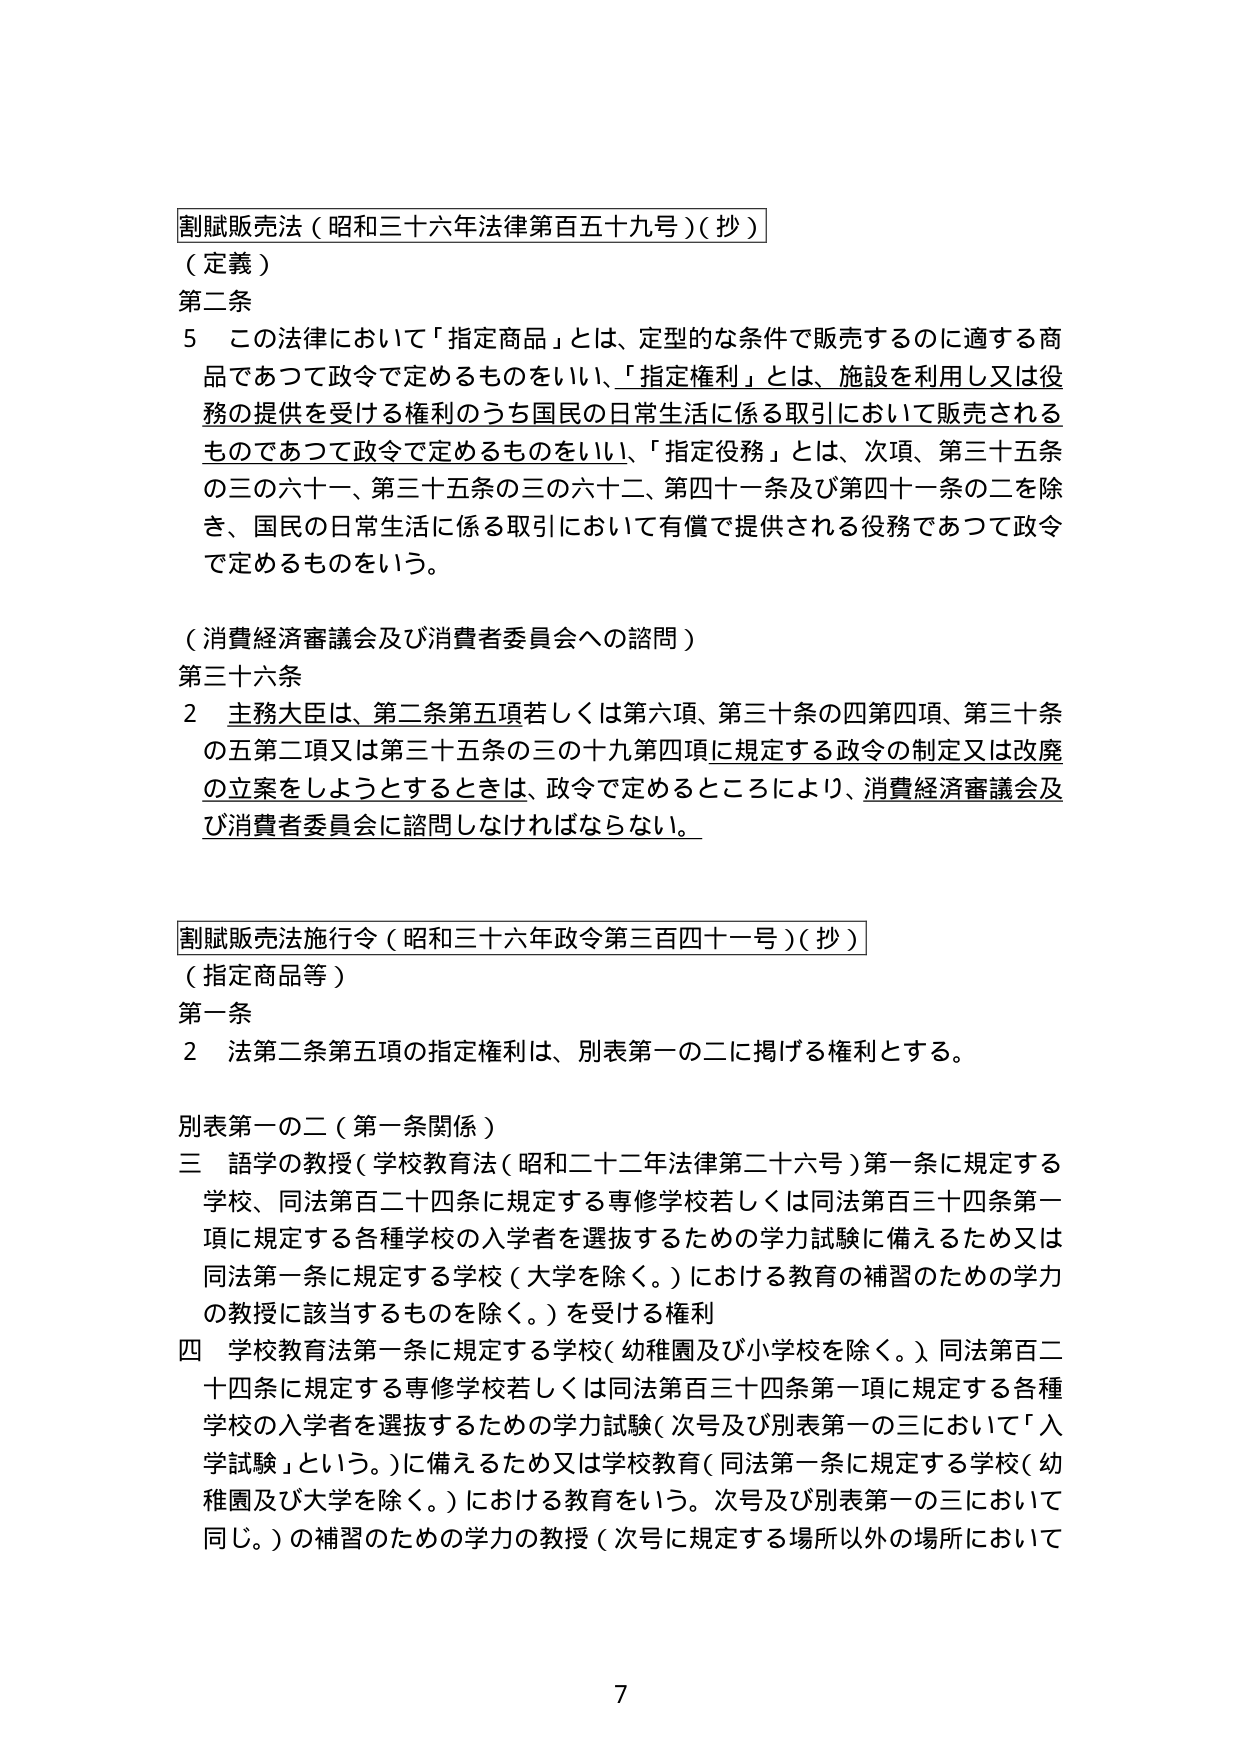
割賦販売法（昭和三十六年法律第百五十九号）（抄）

（定義）
第二条
　５　この法律において「指定商品」とは、定型的な条件で販売するのに適する商品であつて政令で定めるものをいい、「指定権利」とは、施設を利用し又は役務の提供を受ける権利のうち国民の日常生活に係る取引において販売されるものであつて政令で定めるものをいい、「指定役務」とは、次項、第三十五条の三の六十一、第三十五条の三の六十二、第四十一条及び第四十一条の二を除き、国民の日常生活に係る取引において有償で提供される役務であつて政令で定めるものをいう。

（消費経済審議会及び消費者委員会への諮問）
第三十六条
　２　主務大臣は、第二条第五項若しくは第六項、第三十条の四第四項、第三十条の五第二項又は第三十五条の三の十九第四項に規定する政令の制定又は改廃の立案をしようとするときは、政令で定めるところにより、消費経済審議会及び消費者委員会に諮問しなければならない。

割賦販売法施行令（昭和三十六年政令第三百四十一号）（抄）

（指定商品等）
第一条
　２　法第二条第五項の指定権利は、別表第一の二に掲げる権利とする。

別表第一の二（第一条関係）
　三　語学の教授（学校教育法（昭和二十二年法律第二十六号）第一条に規定する学校、同法第百二十四条に規定する専修学校若しくは同法第百三十四条第一項に規定する各種学校の入学者を選抜するための学力試験に備えるため又は同法第一条に規定する学校（大学を除く。）における教育の補習のための学力の教授に該当するものを除く。）を受ける権利
　四　学校教育法第一条に規定する学校（幼稚園及び小学校を除く。）同法第百二十四条に規定する専修学校若しくは同法第百三十四条第一項に規定する各種学校の入学者を選抜するための学力試験（次号及び別表第一の三において「入学試験」という。）に備えるため又は学校教育（同法第一条に規定する学校（幼稚園及び大学を除く。）における教育をいう。次号及び別表第一の三において同じ。）の補習のための学力の教授（次号に規定する場所以外の場所において

7